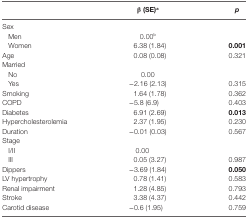
|  | β (SE)a | p |
 | --- | --- | --- |
 | Sex |  |  |
 | Men | 0.00b |  |
 | Women | 6.38 (1.84) | 0.001 |
 | Age | 0.08 (0.08) | 0.321 |
 | Married |  |  |
 | No | 0.00 |  |
 | Yes | −2.16 (2.13) | 0.315 |
 | Smoking | 1.64 (1.78) | 0.362 |
 | COPD | −5.8 (6.9) | 0.403 |
 | Diabetes | 6.91 (2.69) | 0.013 |
 | Hypercholesterolemia | 2.37 (1.95) | 0.230 |
 | Duration | −0.01 (0.03) | 0.567 |
 | Stage |  |  |
 | I/II | 0.00 |  |
 | III | 0.05 (3.27) | 0.987 |
 | Dippers | −3.69 (1.84) | 0.050 |
 | LV hypertrophy | 0.78 (1.41) | 0.583 |
 | Renal impairment | 1.28 (4.85) | 0.793 |
 | Stroke | 3.38 (4.37) | 0.442 |
 | Carotid disease | −0.6 (1.95) | 0.759 |